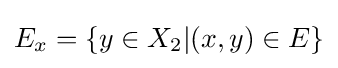
E_{x}=\{y\in X_{2}|(x,y)\in E\}